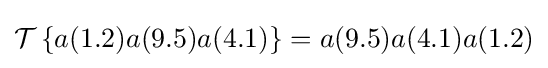
{\mathcal {T}}\left\{a(1.2)a(9.5)a(4.1)\right\}=a(9.5)a(4.1)a(1.2)